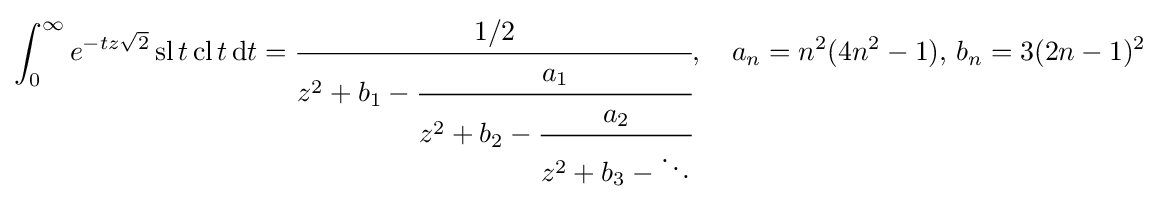
\int _{0}^{\infty }e^{-tz{\sqrt {2}}}\operatorname {sl} t\operatorname {cl} t\,\mathrm {d} t={\cfrac {1/2}{z^{2}+b_{1}-{\cfrac {a_{1}}{z^{2}+b_{2}-{\cfrac {a_{2}}{z^{2}+b_{3}-\ddots }}}}}},\quad a_{n}=n^{2}(4n^{2}-1),\,b_{n}=3(2n-1)^{2}